Lunatic asylums Punjab 1868-1880 - 1868-1880
Year: 1868
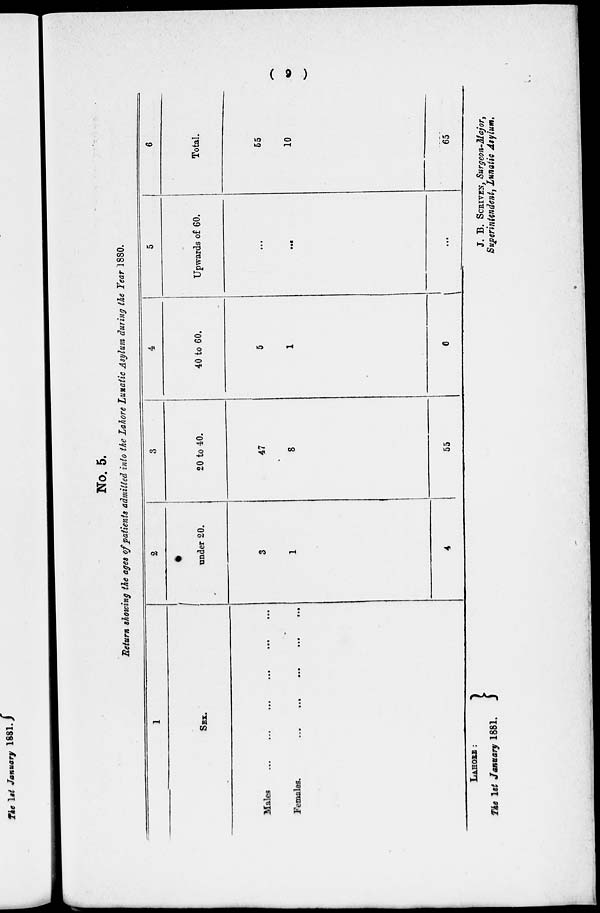
(
9
)
No. 5.
Return showing the ages of patients admitted into the Lahore Lunatic Asylum during the Year 1880.
1
SEX.
Males
...
...
...
...
...
...
Females. ...
...
...
...
...
2
under 20.
3
1
4
3
20 to 40.
47
8
55
4
40 to 60.
5
1
6
5
Upwards of 60.
...
...
...
6
Total.
55
10
65
LAHORE:
The 1st January 1881.
J. B. SCRIVEN, Surgeon-Major,
Superintendent, Lunatic Asylum.